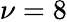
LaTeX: \nu=8